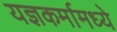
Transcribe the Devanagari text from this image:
यज्ञकर्मामध्ये